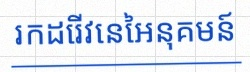
រកដេរីវេនៃអនុគមន៍